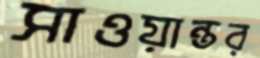
সাওয়ান্তর